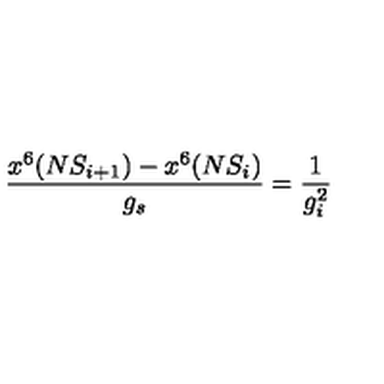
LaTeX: \frac { x ^ { 6 } ( N S _ { i + 1 } ) - x ^ { 6 } ( N S _ { i } ) } { g _ { s } } = \frac { 1 } { g _ { i } ^ { 2 } }